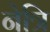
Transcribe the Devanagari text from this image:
नेत्रि